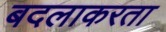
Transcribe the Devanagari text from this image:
बदलाकरता